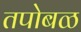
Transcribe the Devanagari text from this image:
तपोबळ